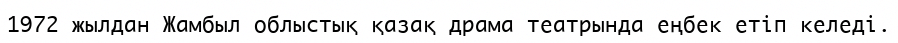
1972 жылдан Жамбыл облыстық қазақ драма театрында еңбек етіп келеді.